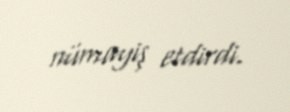
nümayiş etdirdi.